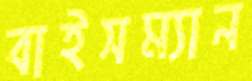
বাইসম্যান